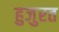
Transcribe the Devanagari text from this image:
हुजुरत